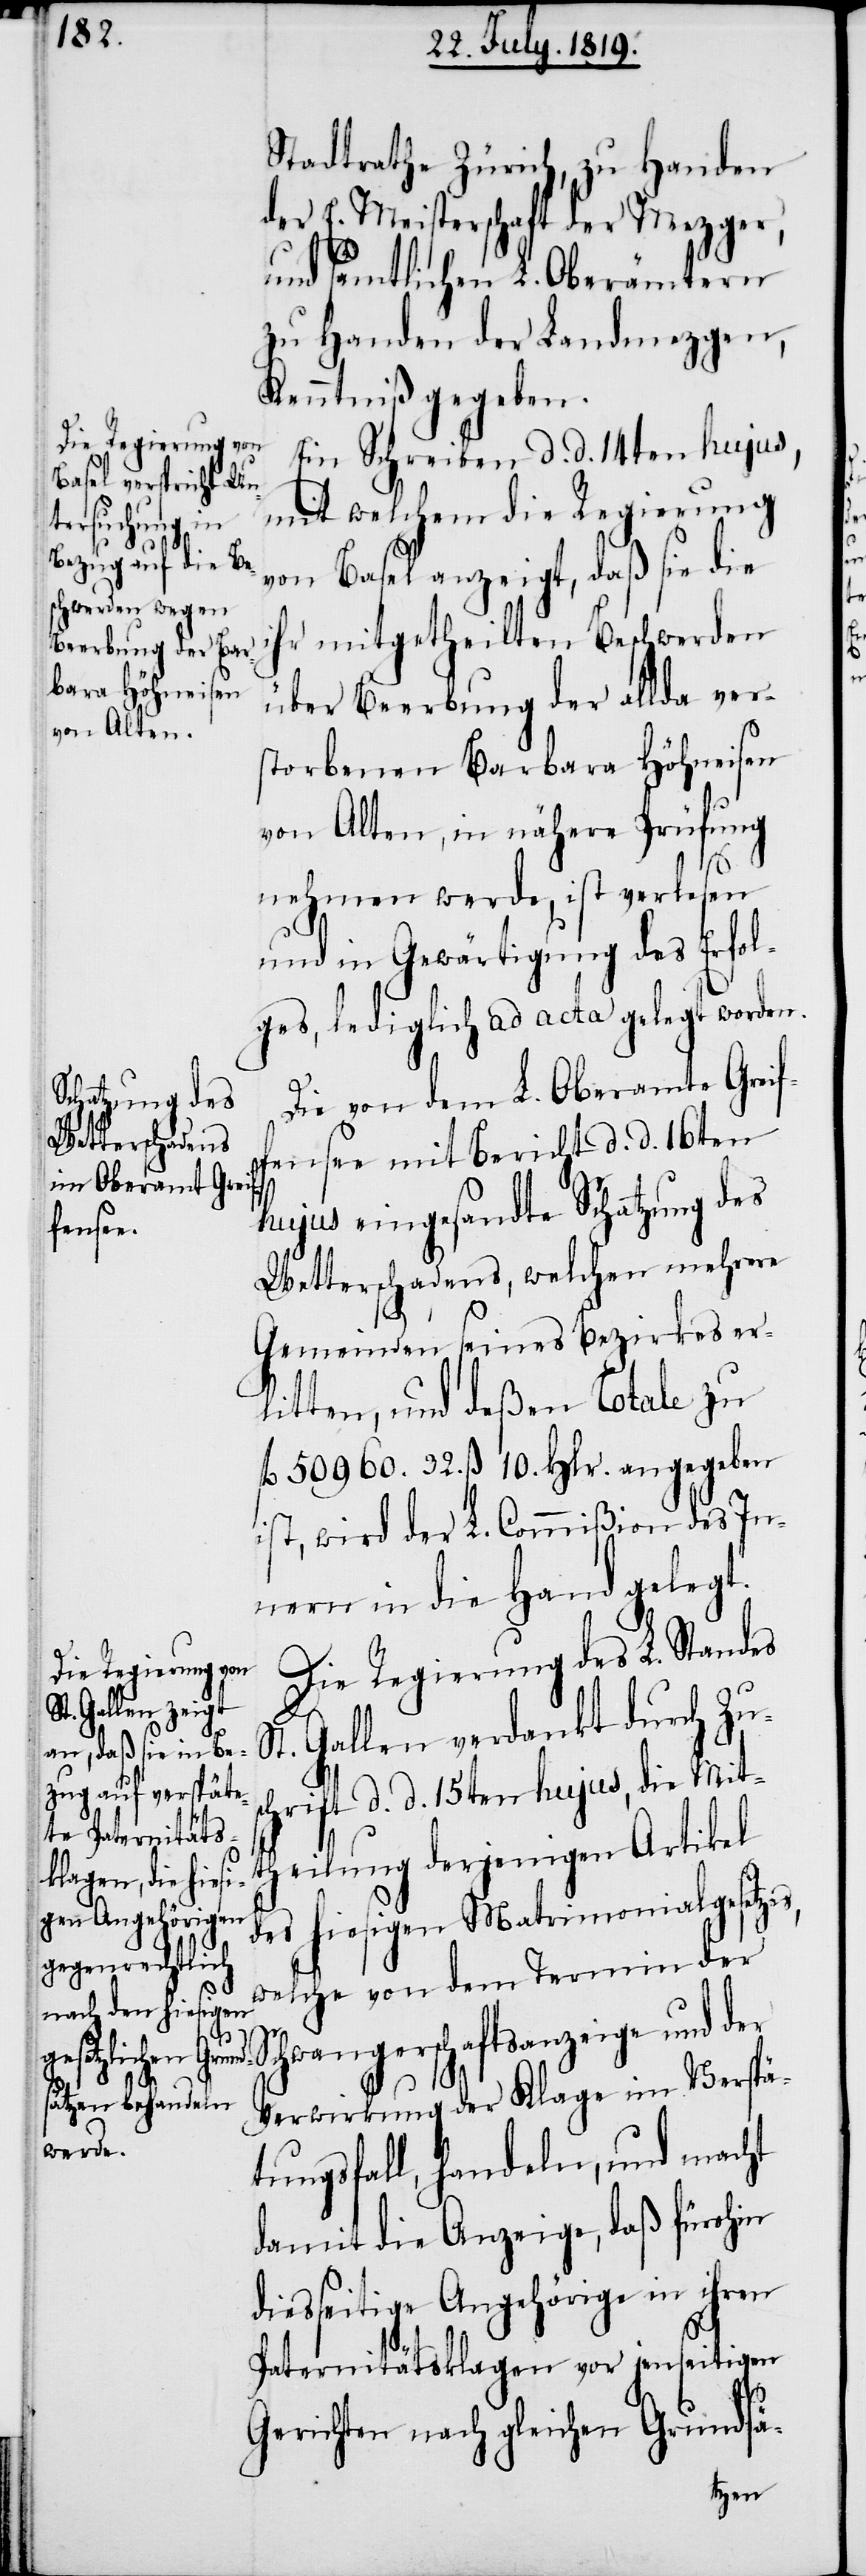
Stadtrathe Zürich, zu Handen
der E. Meisterschaft der Mezger,
und sämtlichen L. Oberämtern
zu Handen der Landmezgen,
Kenntniß gegeben.
Ein Schreiben d. d. 14ten hujus,
mit welchem die Regierung
von Basel anzeigt, daß sie die
ihr mitgetheilten Beschwerden
über Beerbung der allda ver¬
storbenen Barbara Höhneisen
von Alten, in nähere Prüfung
nehmen werde, ist verlesen
und in Gewärtigung des Erfol¬
ges, lediglich ad acta gelegt worden.
Die von dem L. Oberamte Greif¬
fensee mit Bericht d. d. 16ten
hujus eingesandte Schatzung des
Wetterschadens, welchen mehrere
Gemeinden seines Bezirkes er¬
litten, und deßen Totale zu
fl. 50960. 32. ß 10. Hlr. angegeben
ist, wird der L. Commißion des In¬
nern in die Hand gelegt.
Die Regierung des L. Standes
Gallen verdankt durch Zus¬
chrift d. d. 15ten hujus, die Mit¬
theilung derjenigen Artikel
des hiesigen Matrimonialgesetzes,
welche von dem Termin der
Schwangerschaftsanzeige und
Verwirkung der Klage im Verspä¬
tungsfall, handeln, und macht
damit die Anzeige, daß fürohin
diesseitige Angehörige in ihren
Paternitätsklagen vor jenseitigen
Gerichten nach gleichen Grundsä-